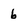
Character: 6